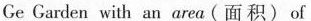
Ge Garden with an area (面积)of